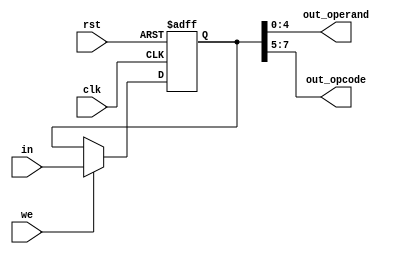
`timescale 1ns / 1ps

module ir(
    input  wire rst, clk,
    input  wire we,
    input  wire [7:0] in,
    output wire [4:0] out_operand,
    output wire [2:0] out_opcode
);

reg [7:0] instruction_nxt;
reg [7:0] instruction_q;

always @(posedge clk or posedge rst) begin
    if (rst) begin
        instruction_q <= 8'd0;
    end else begin
        instruction_q <= instruction_nxt;
    end
end

always @(*) begin
    instruction_nxt = instruction_q;
    if (we) begin
        instruction_nxt = in;
    end
end

assign {out_opcode, out_operand} = instruction_q;

endmodule